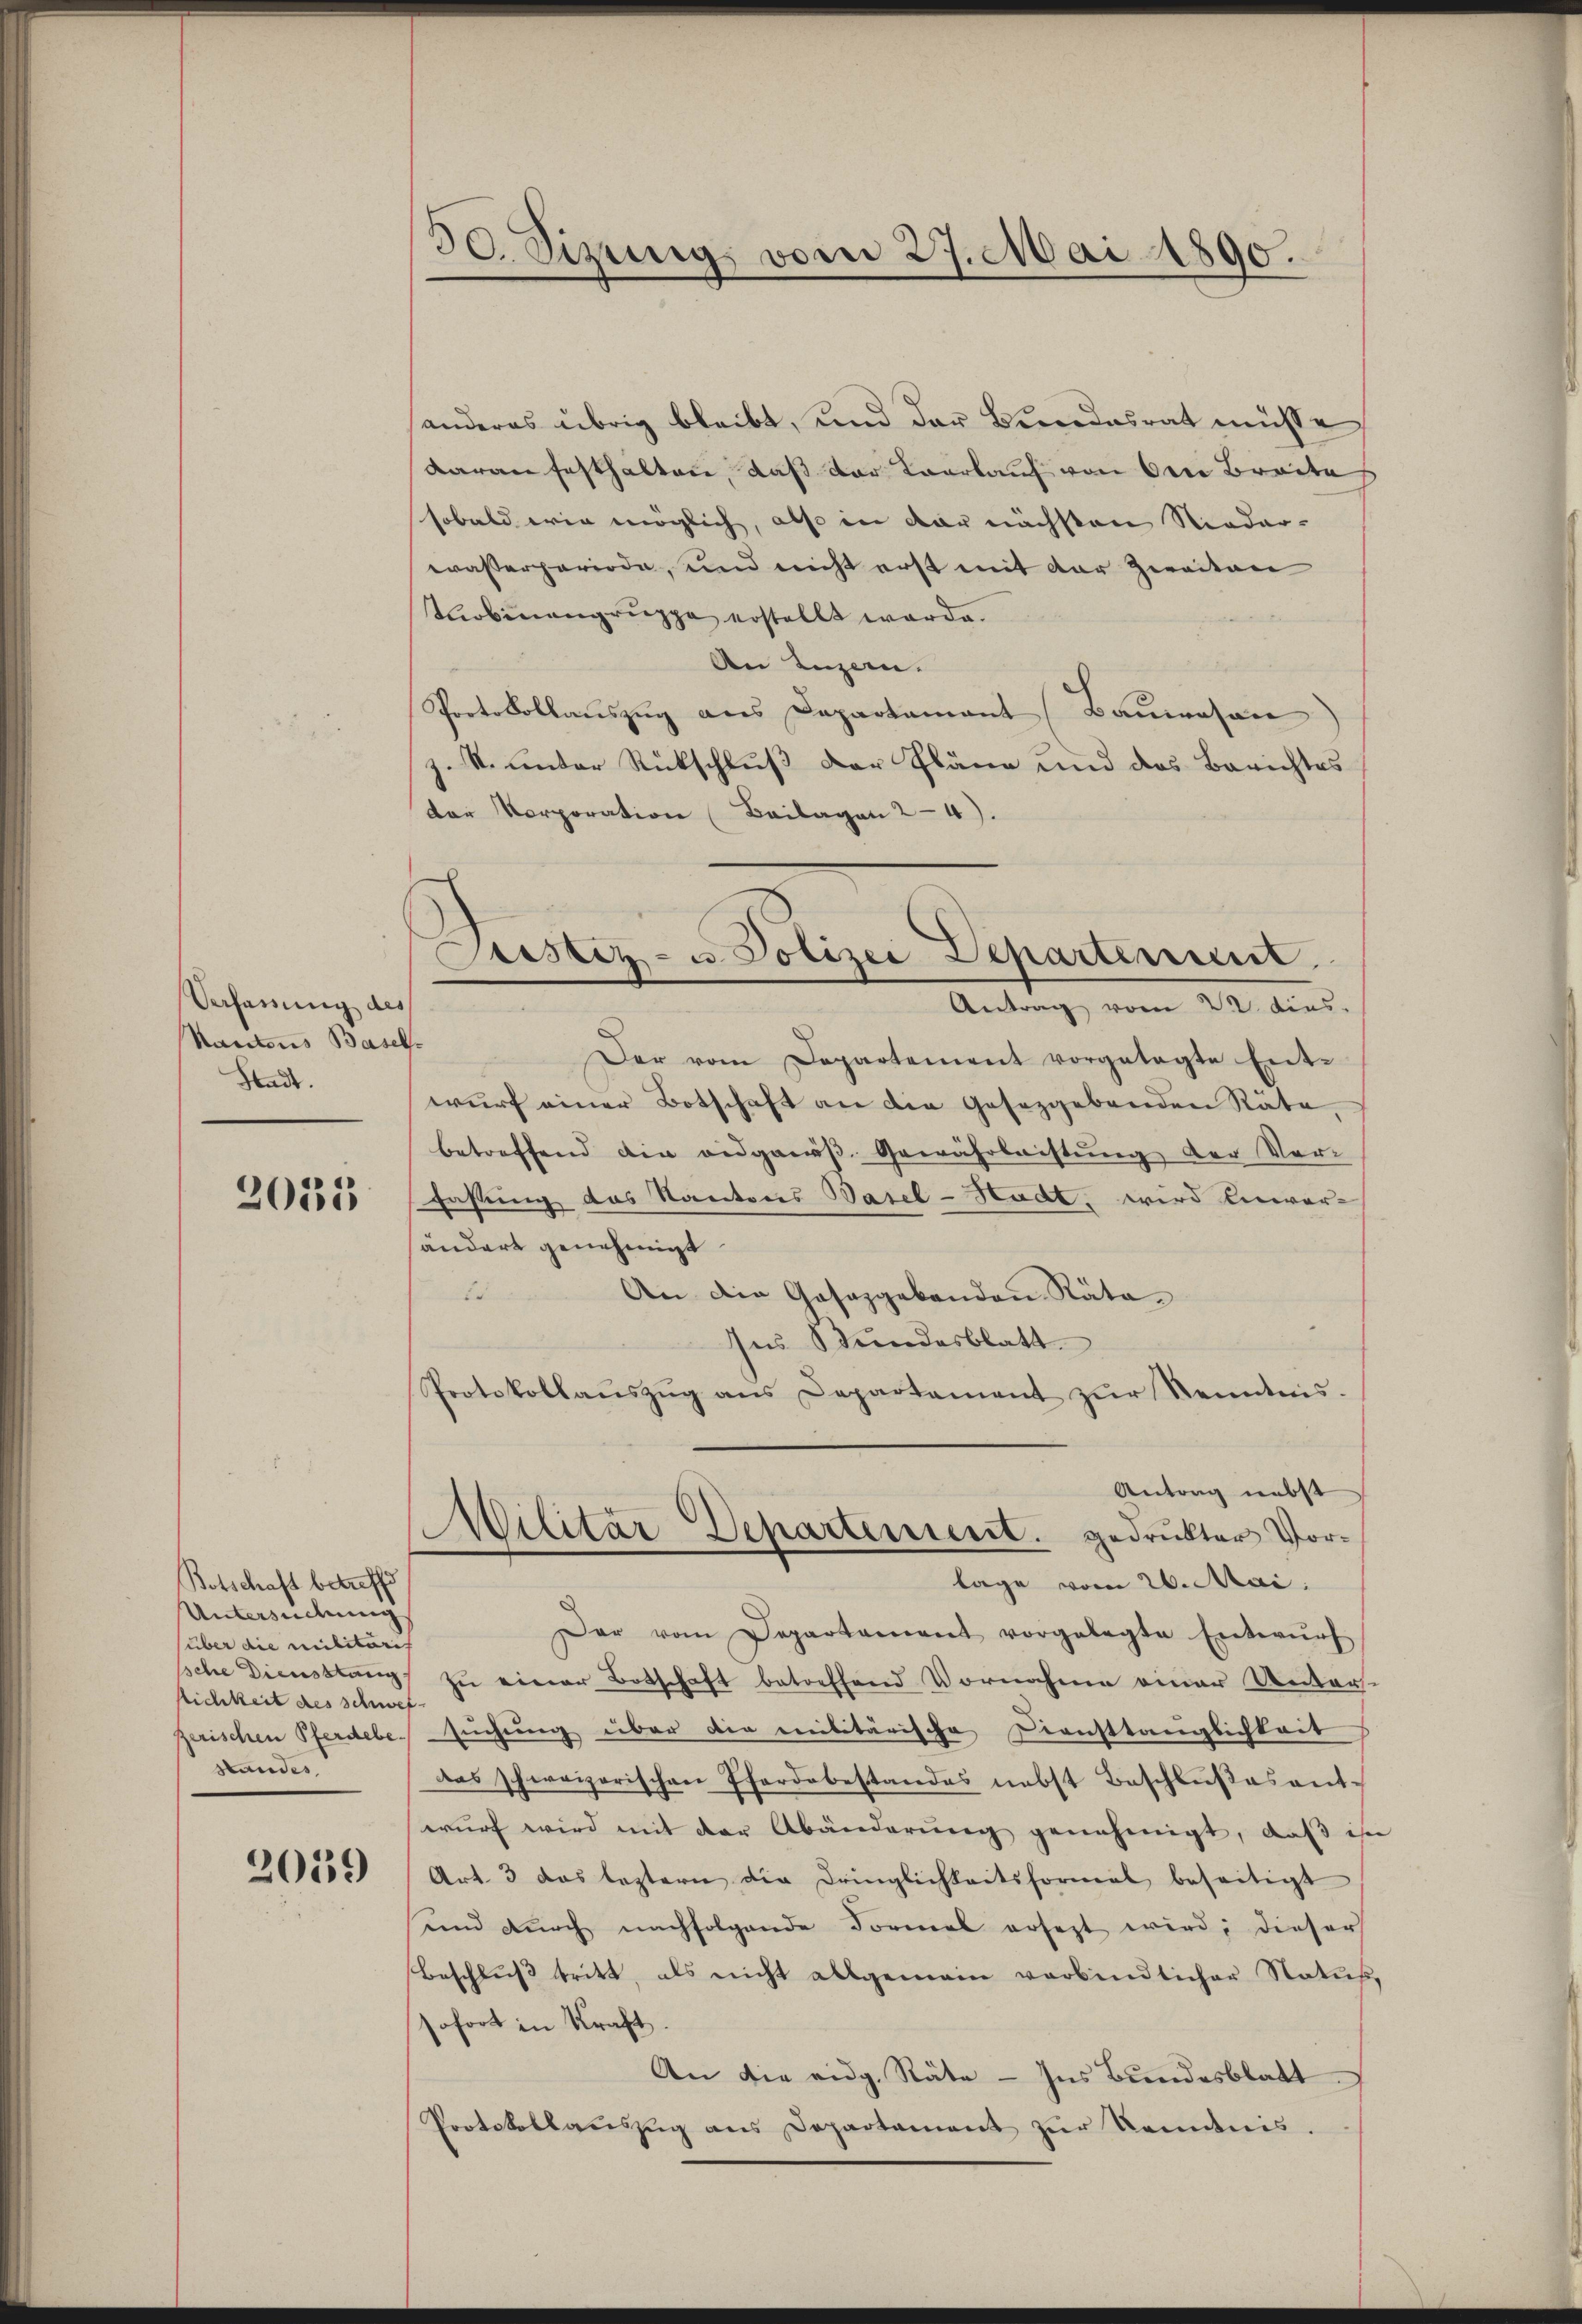
Verfassung des
Kantons Basel
Stadt.

2035

Botschaft betreffe
Untersuchung
(über die militaris
lichkeit des schwef
zerischen Pferdebe.
standes

2059

30. Sizung vom 27. Mai 1890.

anderes übrig bleibt, und der Bundesrat müsse
daran festhalten, daß der Kaarkauf von der Breite
sobald wie möglich, also in der nächsten Nieder-
wasserperiode, und nicht erst mit der Zweiten
Taobinengruppe erstellt werde.
An Luzern.
Protokollauszug aus Departamant Bauwesen
z. S. unter Rückschluß der Pläne und des Berichtes
Der Korporation (Beilagen 24).
Der vom Departement vorgetagte Entwurf einer Botschaft an die Gesetzgebenden Räte,
betreffend die eidgenöβ. Gewährleistŭng der Ver-
Fassung des Kantons Basel-Hadt, wird Einver-
händert genehmigt.

An die Gesazgebenden Räto-
ses Stundesblatt
Protokollaŭszŭg ans Departament zŭr Kenntnis.
Antrag nebst
Militär Departenient. gedrukter Vorlage vom 26. Mai:
Dar vom Departament vorgelegte Entwŭrf
sche Diensstanz zŭ einer Botschaft betreffend Vornahme einer Unters-
suchung über der militärische Diensttauglichkeis
Das schweizerischen Pferdobestandes nebst Beschlußes antwurf wird mit der Abänderung genehmigt, daß ihn
Art. 3 das leztern die Dringlichkeitsformal beseitigt
unnd durch nachfolgende Formal ersezt wird; dieser
Beschlŭβ tritt, als nicht allgemein verbindlicher Natus,
sofort in Kraft.
An die eidg. Räte - Ins Bundesblatt
Protokollaŭszŭg ans Departament zŭr Kenntnis.

Justiz- u. Polizei Departenmit
Antrag vom 22. dies